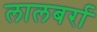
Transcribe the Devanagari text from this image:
लालबर्रा